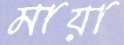
মায়া